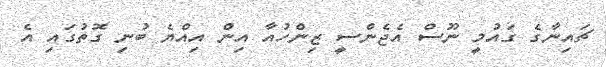
ޗައިނާގެ ގައުމީ ނޫސް އެޖެންސީ ޒިންހުއާ އިން އިއްޔެ ބުނި ގޮތުގައި އެ